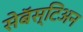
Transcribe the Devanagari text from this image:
सेबॅस्टिअन